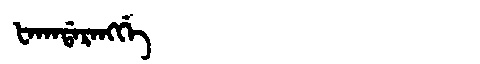
Manchu: ᡶᠠᡴᠠᡩᠠᡵᠠᠩᡤᡝ
Romanization: FAKADARANGGE